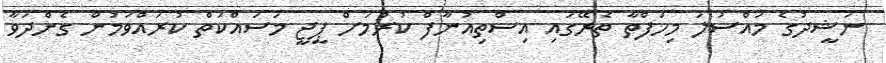
ނަޝީދުގެ މައްސަލަ މިހަފްތާ ތެރޭގައި އިސްތިއުނާފް ކުރުމަށް ޕީޖީ މަސައްކަތް ކުރައްވަމުން ގެންދަވާ